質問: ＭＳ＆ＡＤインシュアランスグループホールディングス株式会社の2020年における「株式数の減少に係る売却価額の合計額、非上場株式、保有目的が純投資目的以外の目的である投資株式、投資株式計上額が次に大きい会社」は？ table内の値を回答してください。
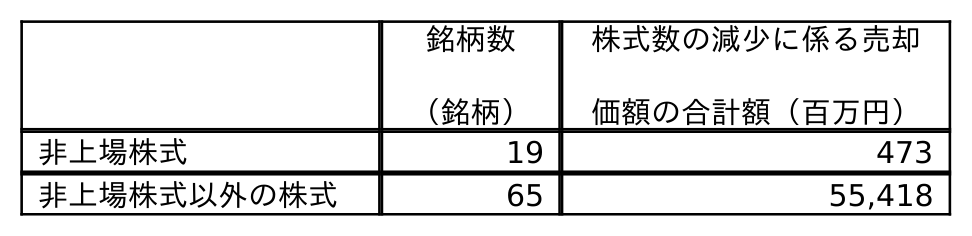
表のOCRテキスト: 銘柄数 （銘柄） 株式数の減少に係る売却 価額の合計額（百万円） 非上場株式 19 473 非上場株式以外の株式 65 55,418
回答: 473